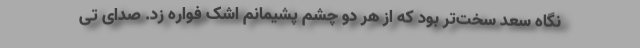
نگاه سعد سخت‌تر بود که از هر دو چشم پشیمانم اشک فواره زد. صدای تی